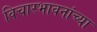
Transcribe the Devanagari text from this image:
विचारभावनांच्या